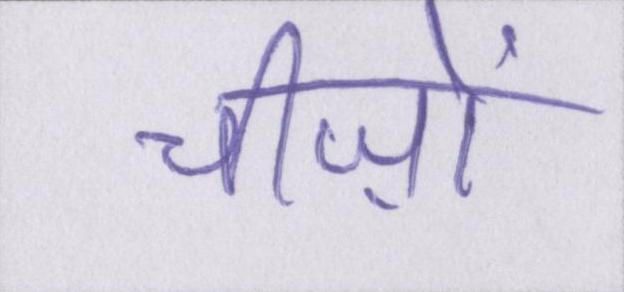
चीज़ों